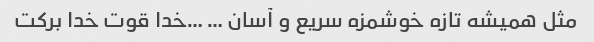
مثل همیشه تازه خوشمزه سریع و آسان … …خدا قوت خدا برکت